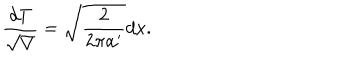
\frac { d T } { \sqrt { V } } = \sqrt { \frac { 2 } { 2 \pi \alpha ^ { \prime } } } d x .